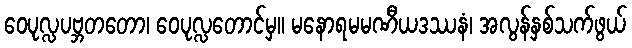
ဝေပုလ္လပဗ္ဘတတော၊ ဝေပုလ္လတောင်မှ။ မနောရမမဏီယဒဿနံ၊ အလွန်နှစ်သက်ဖွယ်